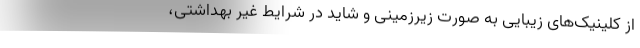
از کلینیک‌های زیبایی به صورت زیرزمینی و شاید در شرایط غیر بهداشتی،